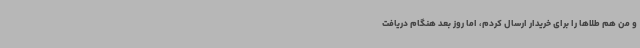
و من هم طلاها را برای خریدار ارسال کردم، اما روز بعد هنگام دریافت